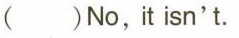
（）No,it isn't.